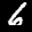
Label: 6